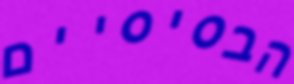
הבסיסיים